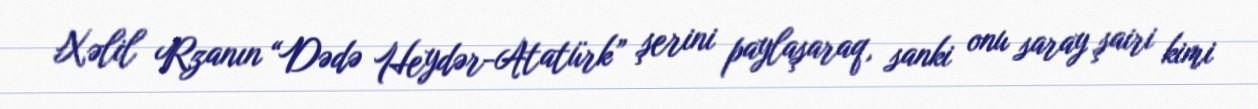
Xəlil Rzanın “Dədə Heydər-Atatürk” şerini paylaşaraq, sanki onu saray şairi kimi